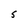
Character: S